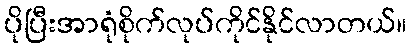
ပိုပြီးအာရုံစိုက်လုပ်ကိုင်နိုင်လာတယ်။